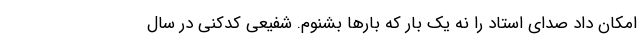
امکان داد صدای استاد را نه یک بار که بارها بشنوم. شفیعی کدکنی در سال